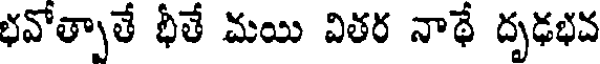
భవోత్పాతే భీతే మయి వితర నాథే దృఢభవ